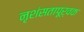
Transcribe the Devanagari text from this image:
नृशंसतापूर्वक